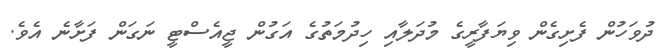
ދުވަހުން ފެށިގެން ވިޔަފާރީގެ މުދަލާއި ހިދުމަތުގެ އަގުން ޖީއެސްޓީ ނަގަން ފަށާނެ އެވެ.